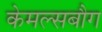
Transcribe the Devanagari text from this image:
केमल्सबौग